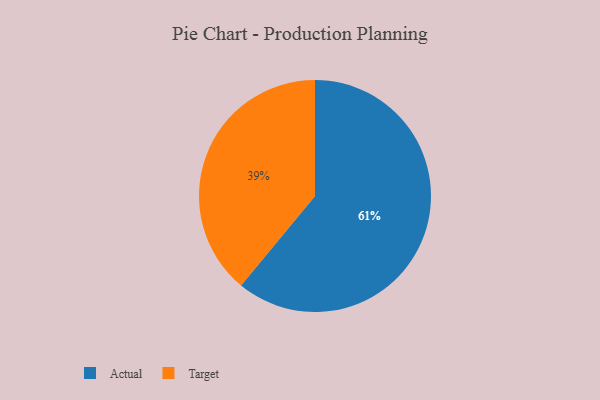
{"axis": {"x": "Category", "y": "Percentage"}, "legend": ["Actual", "Target"], "data": [{"x": "Target", "y": 39, "type": "Target"}, {"x": "Actual", "y": 61, "type": "Actual"}]}